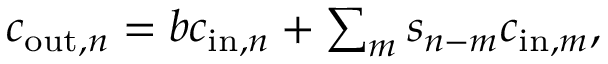
\begin{array} { r } { c _ { \mathrm { o u t } , n } = b c _ { \mathrm { i n } , n } + \sum _ { m } s _ { n - m } c _ { \mathrm { i n } , m } , } \end{array}